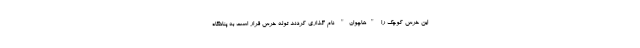
این خرس کوچک را "هاچوان" نام گذاری کردند توله خرس قرار است به پناهگاه